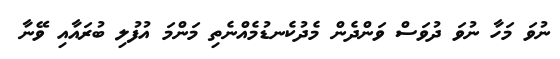
ނުވަ މަހާ ނުވަ ދުވަސް ވަންދެން މެދުކެނޑުމެއްނެތި މަންމަ އުފުލި ބުރައާއި ވޭނާ